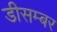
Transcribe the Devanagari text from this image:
डीसम्बर